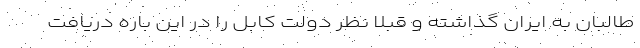
طالبان به ایران گذاشته و قبلا نظر دولت کابل را در این باره دریافت